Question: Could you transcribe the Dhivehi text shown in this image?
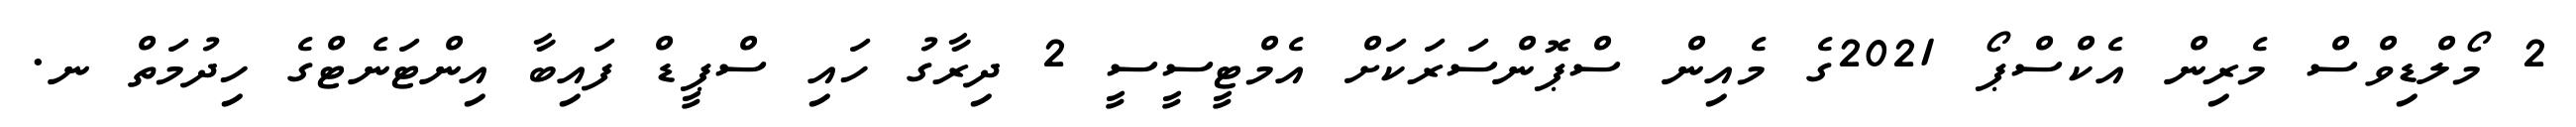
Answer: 2 މޯލްޑިވްސް މެރިން އެކްސްޕޯ 2021ގެ މެއިން ސްޕޮންސަރަކަށް އެމްޓީސީސީ 2 ދިރާގު ހައި ސްޕީޑް ފައިބާ އިންޓަނެޓްގެ ހިދުމަތް ނ.